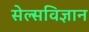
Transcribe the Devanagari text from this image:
सेल्सविज्ञान